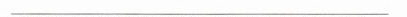
___